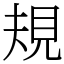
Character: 規